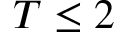
T \leq 2